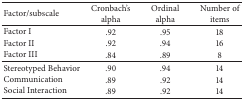
| Factor/subscale | Cronbach's alpha | Ordinal alpha | Number of items |
 | --- | --- | --- | --- |
 | Factor I | .92 | .95 | 18 |
 | Factor II | .92 | .94 | 16 |
 | Factor III | .84 | .89 | 8 |
 | Stereotyped Behavior | .90 | .94 | 14 |
 | Communication | .89 | .92 | 14 |
 | Social Interaction | .89 | .92 | 14 |